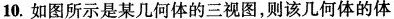
10.如图所示是某几何体的三视图，则该集合体的体